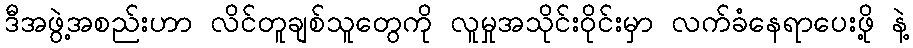
ဒီအဖွဲ့အစည်းဟာ လိင်တူချစ်သူတွေကို လူမှုအသိုင်းဝိုင်းမှာ လက်ခံနေရာပေးဖို့ နဲ့